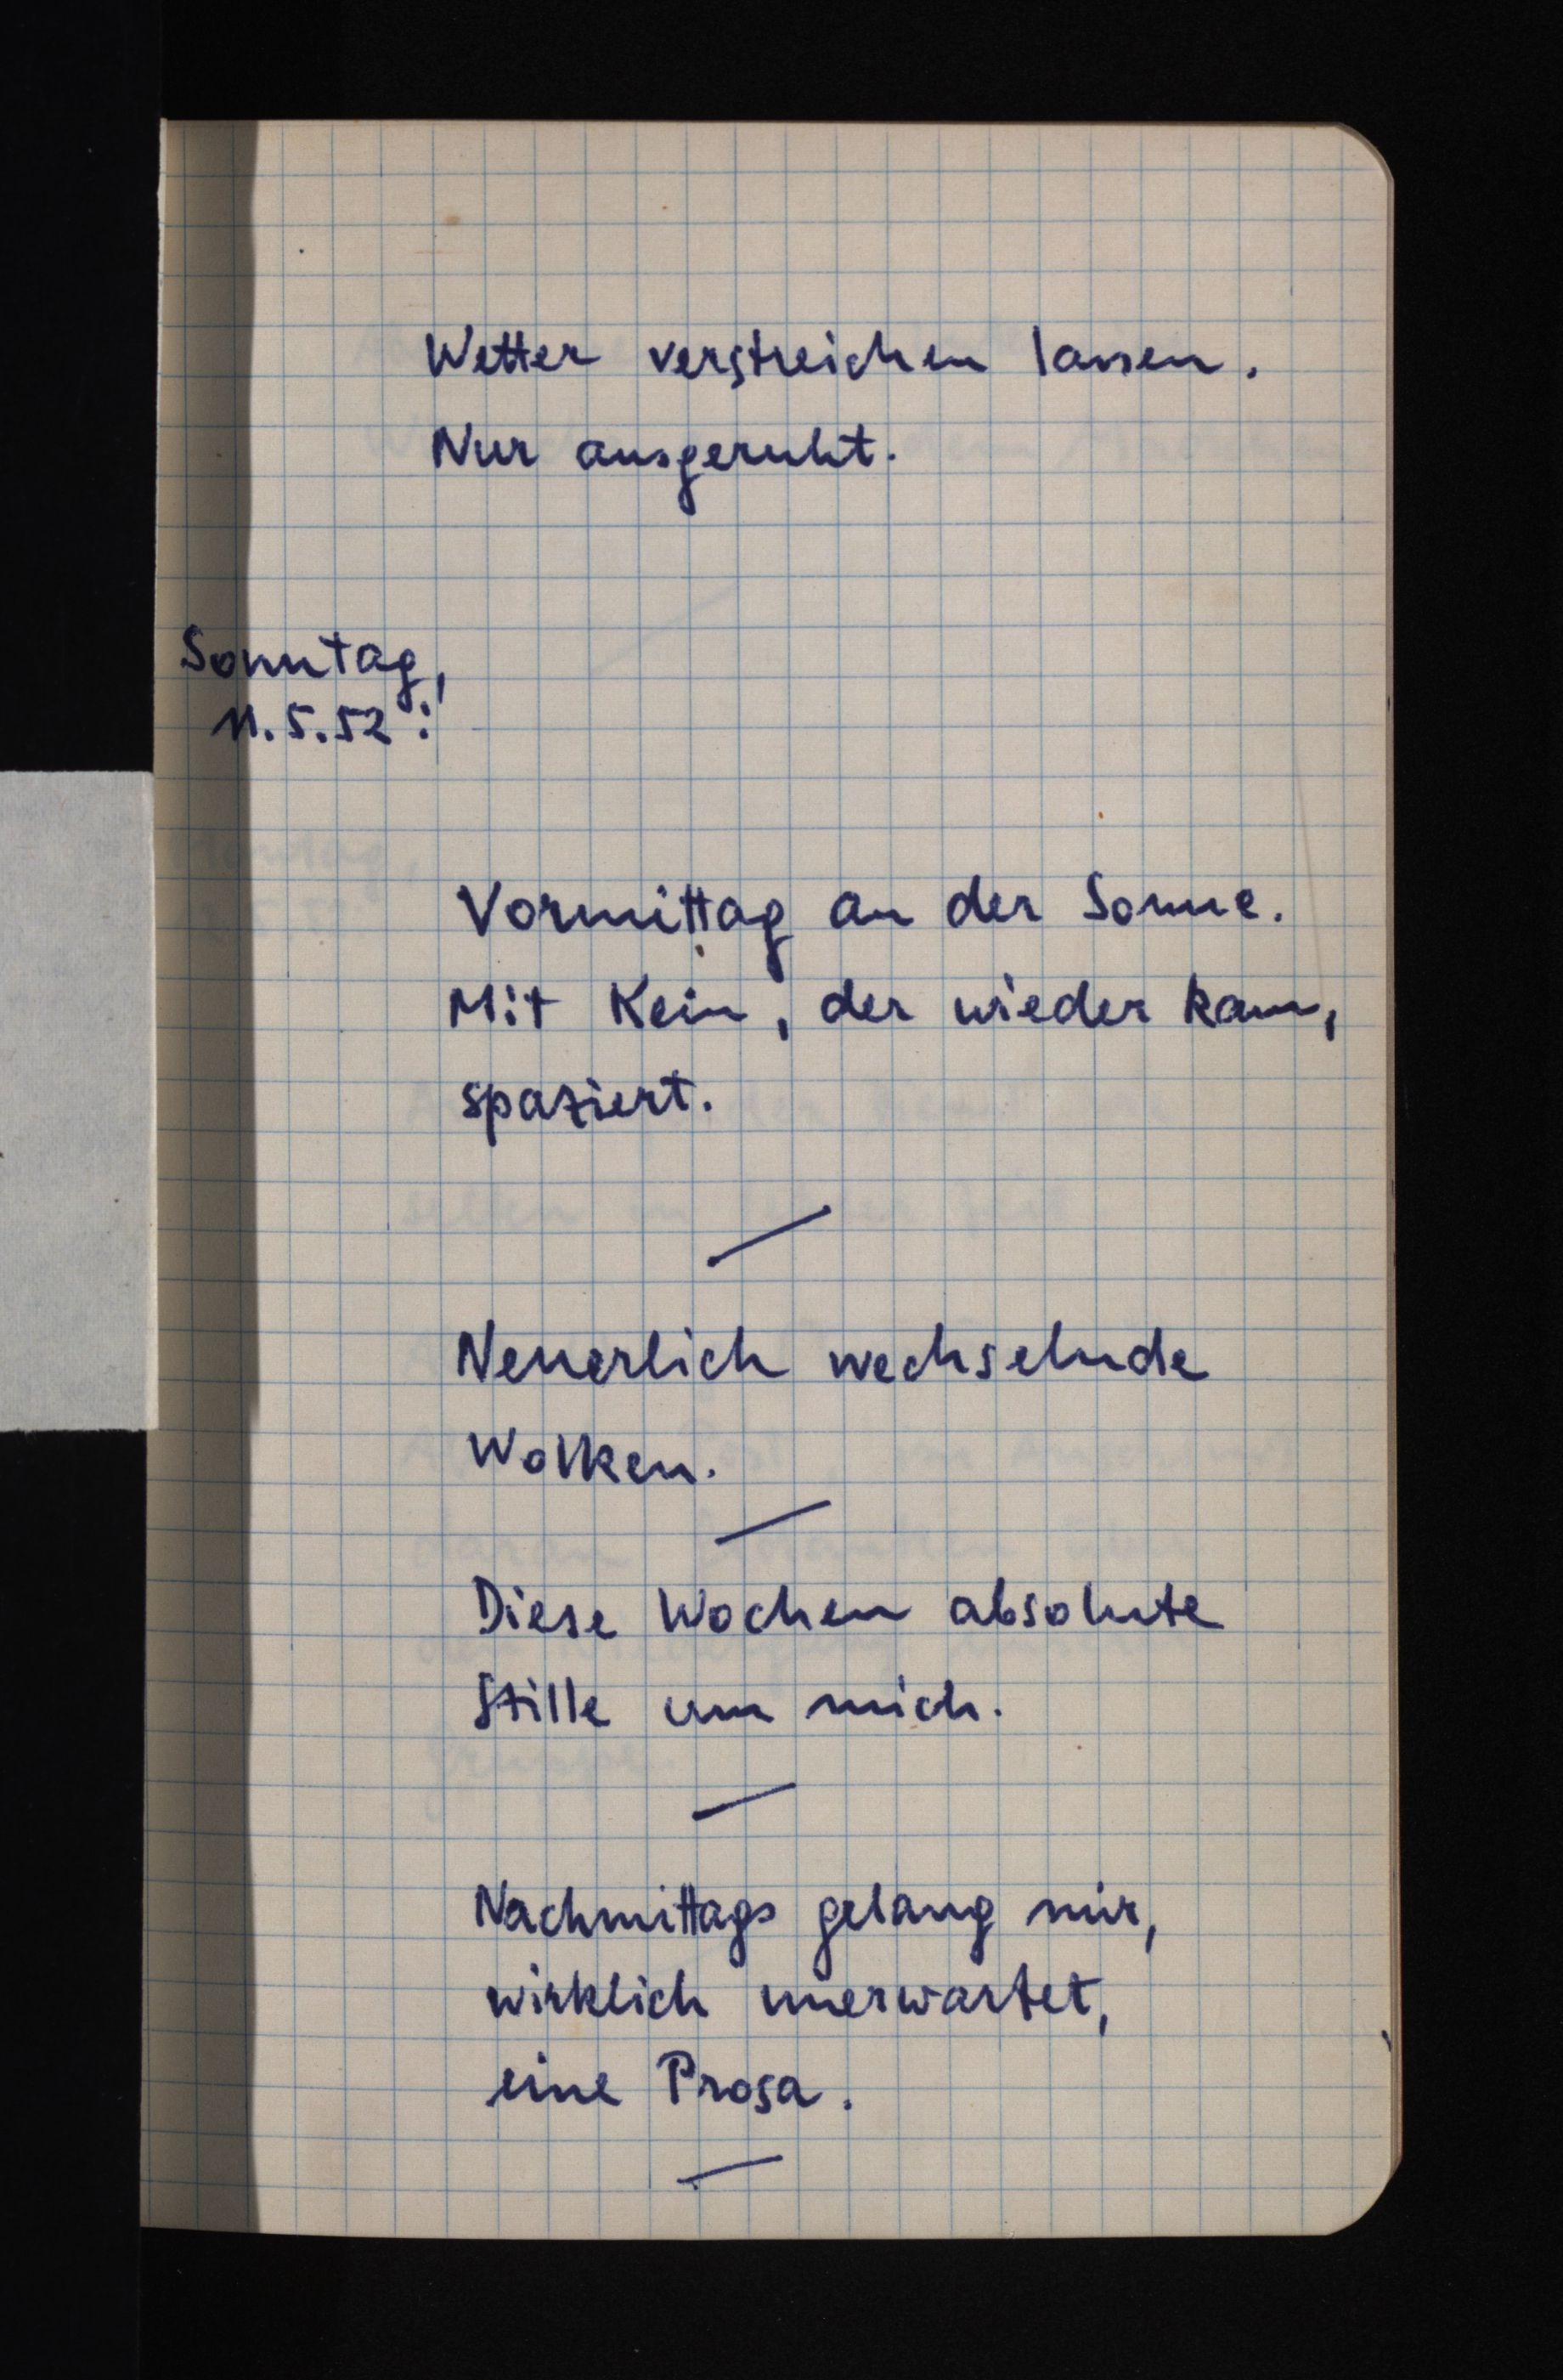
Wetter verstreichen lassen.
Nur ausgeruht.
Sonntag,
11.5.52:
Vormittag an der Sonne.
Mit Kein, der wieder kam,
spaziert.
Neuerlich wechselnde
Wolken.
Diese Wochen absolute
Stille um mich.
Nachmittags gelang mir,
wirklich unerwartet,
eine Prosa.